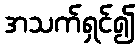
အသက်ရှင်၍